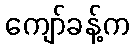
ကျော်ခန့်က